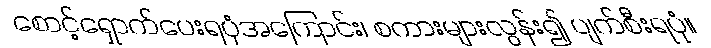
စောင့်ရှောက်ပေးရပုံအကြောင်း၊ စကားများလွန်း၍ ပျက်စီးရပုံ။